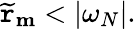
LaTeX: \widetilde{\mathtt{r}}_{\mathbf{m}}<|\omega_{N}|.